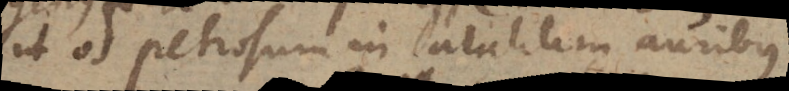
ut os petrosum in animalium auribus